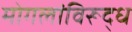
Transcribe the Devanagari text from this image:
मोगलांविरूद्ध